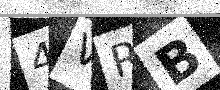
Text: 4VRB